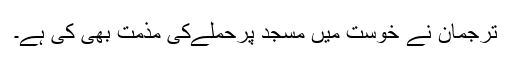
ترجمان نے خوست میں مسجد پرحملےکی مذمت بھی کی ہے۔